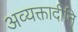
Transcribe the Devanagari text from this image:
अव्यक्तादीनि